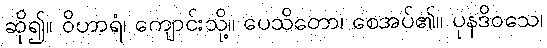
ဆို၍။ ဝိဟာရံ၊ ကျောင်းသို့။ ပေသိတော၊ စေအပ်၏။ ပုနဒိဝသေ၊